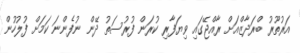
އަރުތޫރު ބްރަދާޒްއަށް ރާއްޖޭގައި ވިޔަފާރި ކުރަން ފުރުސަތު ދޭން ނުފެންނަ ކަމަށް ފުލުހުން